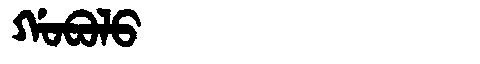
Manchu: ᡤᠣᠪᠣᠯᠣ
Romanization: GOBOLO